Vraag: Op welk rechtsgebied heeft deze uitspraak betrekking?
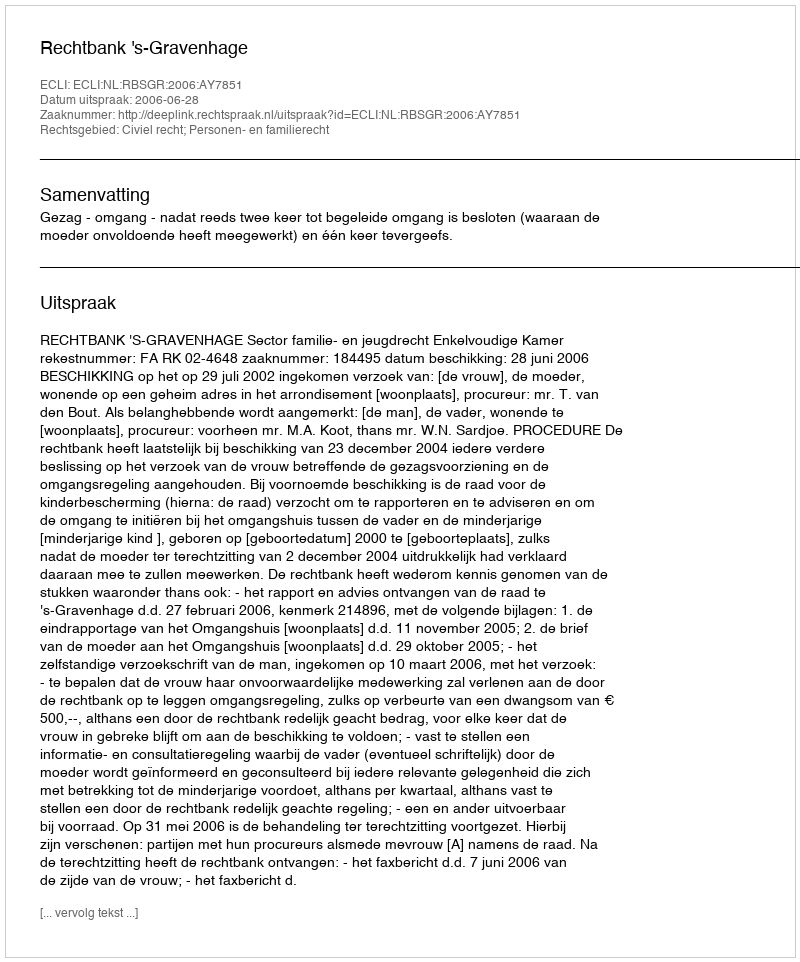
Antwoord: Civiel recht; Personen- en familierecht